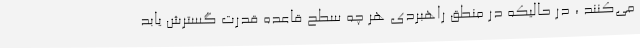
می‌کنند ، در حالیکه در منطق راهبردی هر چه سطح قاعده قدرت گسترش یابد